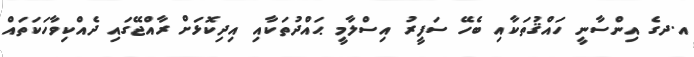
އ.ދގެ އިންސާނީ ހައްޤުތަކާއި ބެހޭ ސަފީރު އިސްލާމީ ޙައްދުތަކާއި އިދިކޮޅަށް ރާއްޖޭގައި ދެއްކިވާހަކަތައް